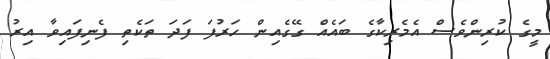
މީގެ ކުރިންވެސް އެމެރިކާގެ ބައެއް ގޭގެއިން ހަރުފަ ފަދަ ތަކެތި ފެނިފައިވާ އިރު